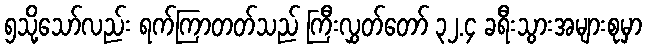
၅သို့သော်လည်း ရက်ကြာတတ်သည် ကြီးလွှတ်တော် ၃၂.၄ ခရီးသွားအများစုမှာ